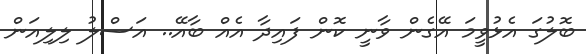
ބޮލުގަ އެޅުވީމަ އޭގެން ވާނީ ކޮން ފައިދާ އެއް ބާއޭ.. އަސްލު ލިލިއަން